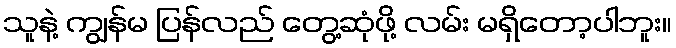
သူနဲ့ ကျွန်မ ပြန်လည် တွေ့ဆုံဖို့ လမ်း မရှိတော့ပါဘူး။